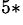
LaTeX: ^{5*}